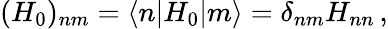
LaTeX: (H_{0})_{nm}=\langle n|H_{0}|m\rangle=\delta_{nm}H_{nn}\, ,